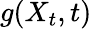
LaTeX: g(X_{t},t)